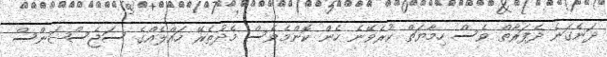
ދަނެގަނެ ދެފަރާތް ވެސް ހިމާޔަތް ކުރެވޭނެ ހެން ކޮންމެވެސް މެދުތެރޭ ހައްލެއްގެ ސަޖެސްޝަންސް